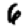
Digit: 6